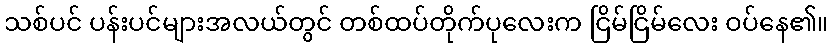
သစ်ပင် ပန်းပင်များအလယ်တွင် တစ်ထပ်တိုက်ပုလေးက ငြိမ်ငြိမ်လေး ဝပ်နေ၏။